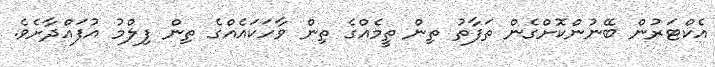
އެކްޓަރުން ބޭނުންކޮށްގެން ތަފާތު ތިން ތީމެއްގެ ތިން ވާހަކައެއްގެ ތިން ފިލްމު އުފައްދާށެވެ.